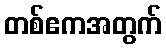
တစ်ဧကအတွက်